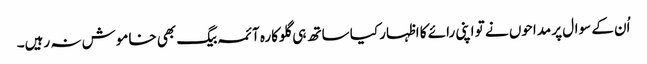
اُن کے سوال پر مداحوں نے تو اپنی رائے کا اظہار کیا ساتھ ہی گلوکارہ آئمہ بیگ بھی خاموش نہ رہیں۔